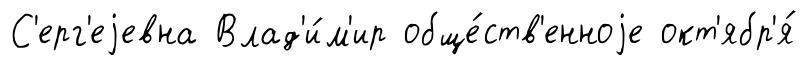
С'ерг'еjевна Влад'и́м'ир обще́ств'енноjе окт'ябр'я́